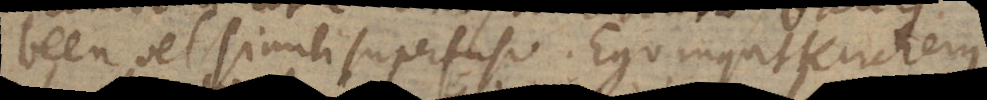
been vel simili superfuso. Ego inquit Kircherus